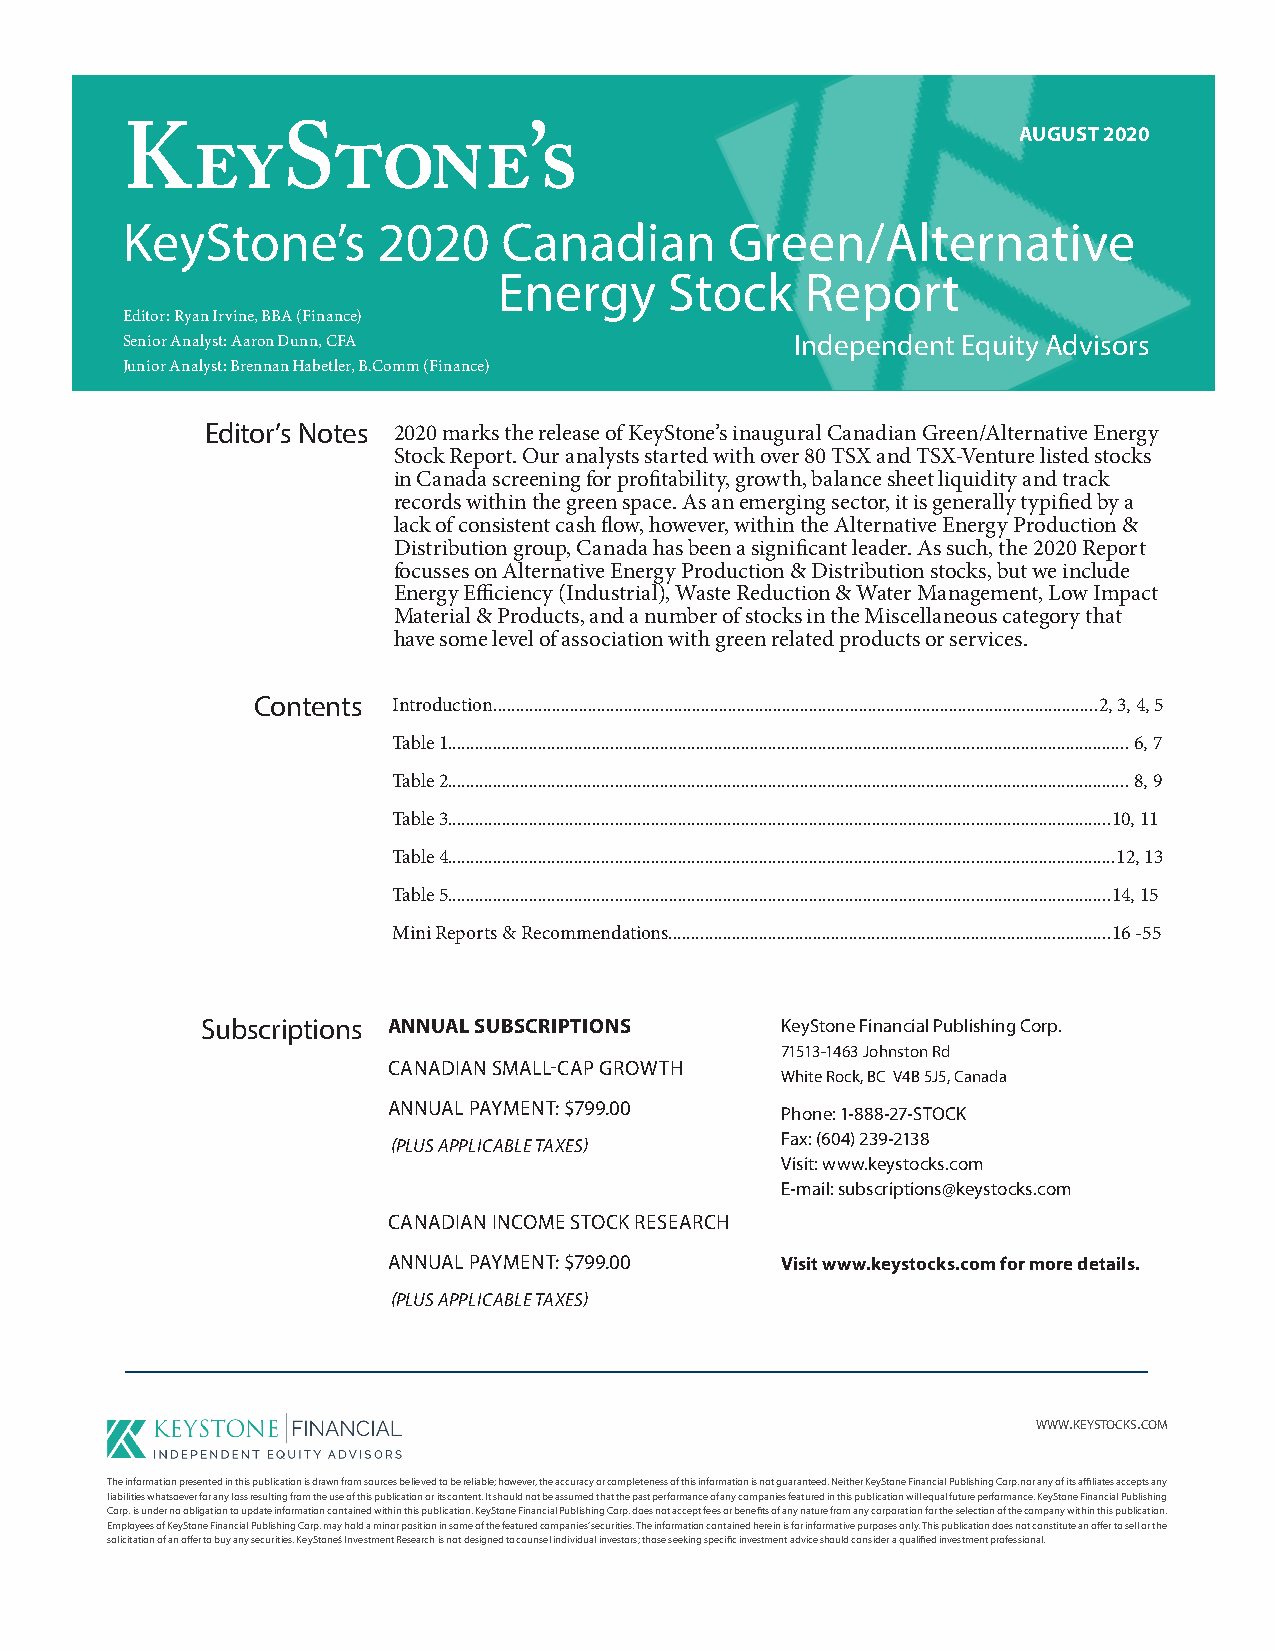
AUGUST 2020
 KeyStone’s
 KeyStone’s       2020    Canadian       Green/Alternative
 Energy     Stock    Report
 Editor: Ryan Irvine, BBA (Finance)
 Senior Analyst: Aaron Dunn, CFA              Independent Equity Advisors
 Junior Analyst: Brennan Habetler, B.Comm (Finance)
 Editor’s Notes 2020 marks the release of KeyStone’s inaugural Canadian Green/Alternative Energy
 Stock Report. Our analysts started with over 80 TSX and TSX-Venture listed stocks
 in Canada screening for profitability, growth, balance sheet liquidity and track
 records within the green space. As an emerging sector, it is generally typified by a
 lack of consistent cash flow, however, within the Alternative Energy Production &
 Distribution group, Canada has been a significant leader. As such, the 2020 Report
 focusses on Alternative Energy Production & Distribution stocks, but we include
 Energy Efficiency (Industrial), Waste Reduction & Water Management, Low Impact
 Material & Products, and a number of stocks in the Miscellaneous category that
 have some level of association with green related products or services.
 Contents Introduction......................................................................................................................................2, 3, 4, 5
 Table 1....................................................................................................................................................... 6, 7
 Table 2....................................................................................................................................................... 8, 9
 Table 3...................................................................................................................................................10, 11
 Table 4....................................................................................................................................................12, 13
 Table 5...................................................................................................................................................14, 15
 Mini Reports & Recommendations..................................................................................................16 -55
 Subscriptions ANNUAL SUBSCRIPTIONS     KeyStone Financial Publishing Corp.
 71513-1463 Johnston Rd
 CANADIAN SMALL-CAP GROWTH
 White Rock, BC V4B 5J5, Canada
 ANNUAL PAYMENT: $799.00
 Phone: 1-888-27-STOCK
 Fax: ( 604) 239-2138
 (PLUS APPLICABLE TAXES)
 Visit: www.keystocks.com
 E-mail: s ubscriptions@keystocks.com
 CANADIAN INCOME STOCK RESEARCH
 ANNUAL PAYMENT: $799.00   Visit www.keystocks.com for more details.
 (PLUS APPLICABLE TAXES)
 www.keystocks.com
 The information presented in this publication is drawn from sources believed to be reliable; however, the accuracy or completeness of this information is not guaranteed. Neither KeyStone Financial Publishing Corp. nor any of its affiliates accepts any
 liabilities whatsoever for any loss resulting from the use of this publication or its content. It should not be assumed that the past performance of any companies featured in this publication will equal future performance. KeyStone Financial Publishing
 Corp. is under no obligation to update information contained within this publication. KeyStone Financial Publishing Corp. does not accept fees or benefits of any nature from any corporation for the selection of the company within this publication.
 Employees of KeyStone Financial Publishing Corp. may hold a minor position in some of the featured companies’ securities. The information contained herein is for informative purposes only. This publication does not constitute an offer to sell or the
 solicitation of an offer to buy any securities. KeyStone’s Investment Research is not designed to counsel individual investors; those seeking specific investment advice should consider a qualified investment professional.